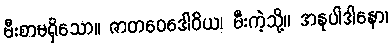
မီးစာမရှိသော။ ဇာတဝေဒေါဝိယ၊ မီးကဲ့သို့။ အနုပါဒါနော၊